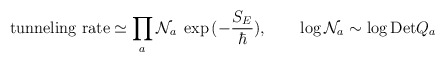
\begin{align*}\hbox{tunneling rate} \simeq \prod_{a} {\cal N}_a \;\exp{(-\frac{S_E}{\hbar})}, \qquad \log {\cal N}_a \sim \log {\rm Det} Q_a\end{align*}